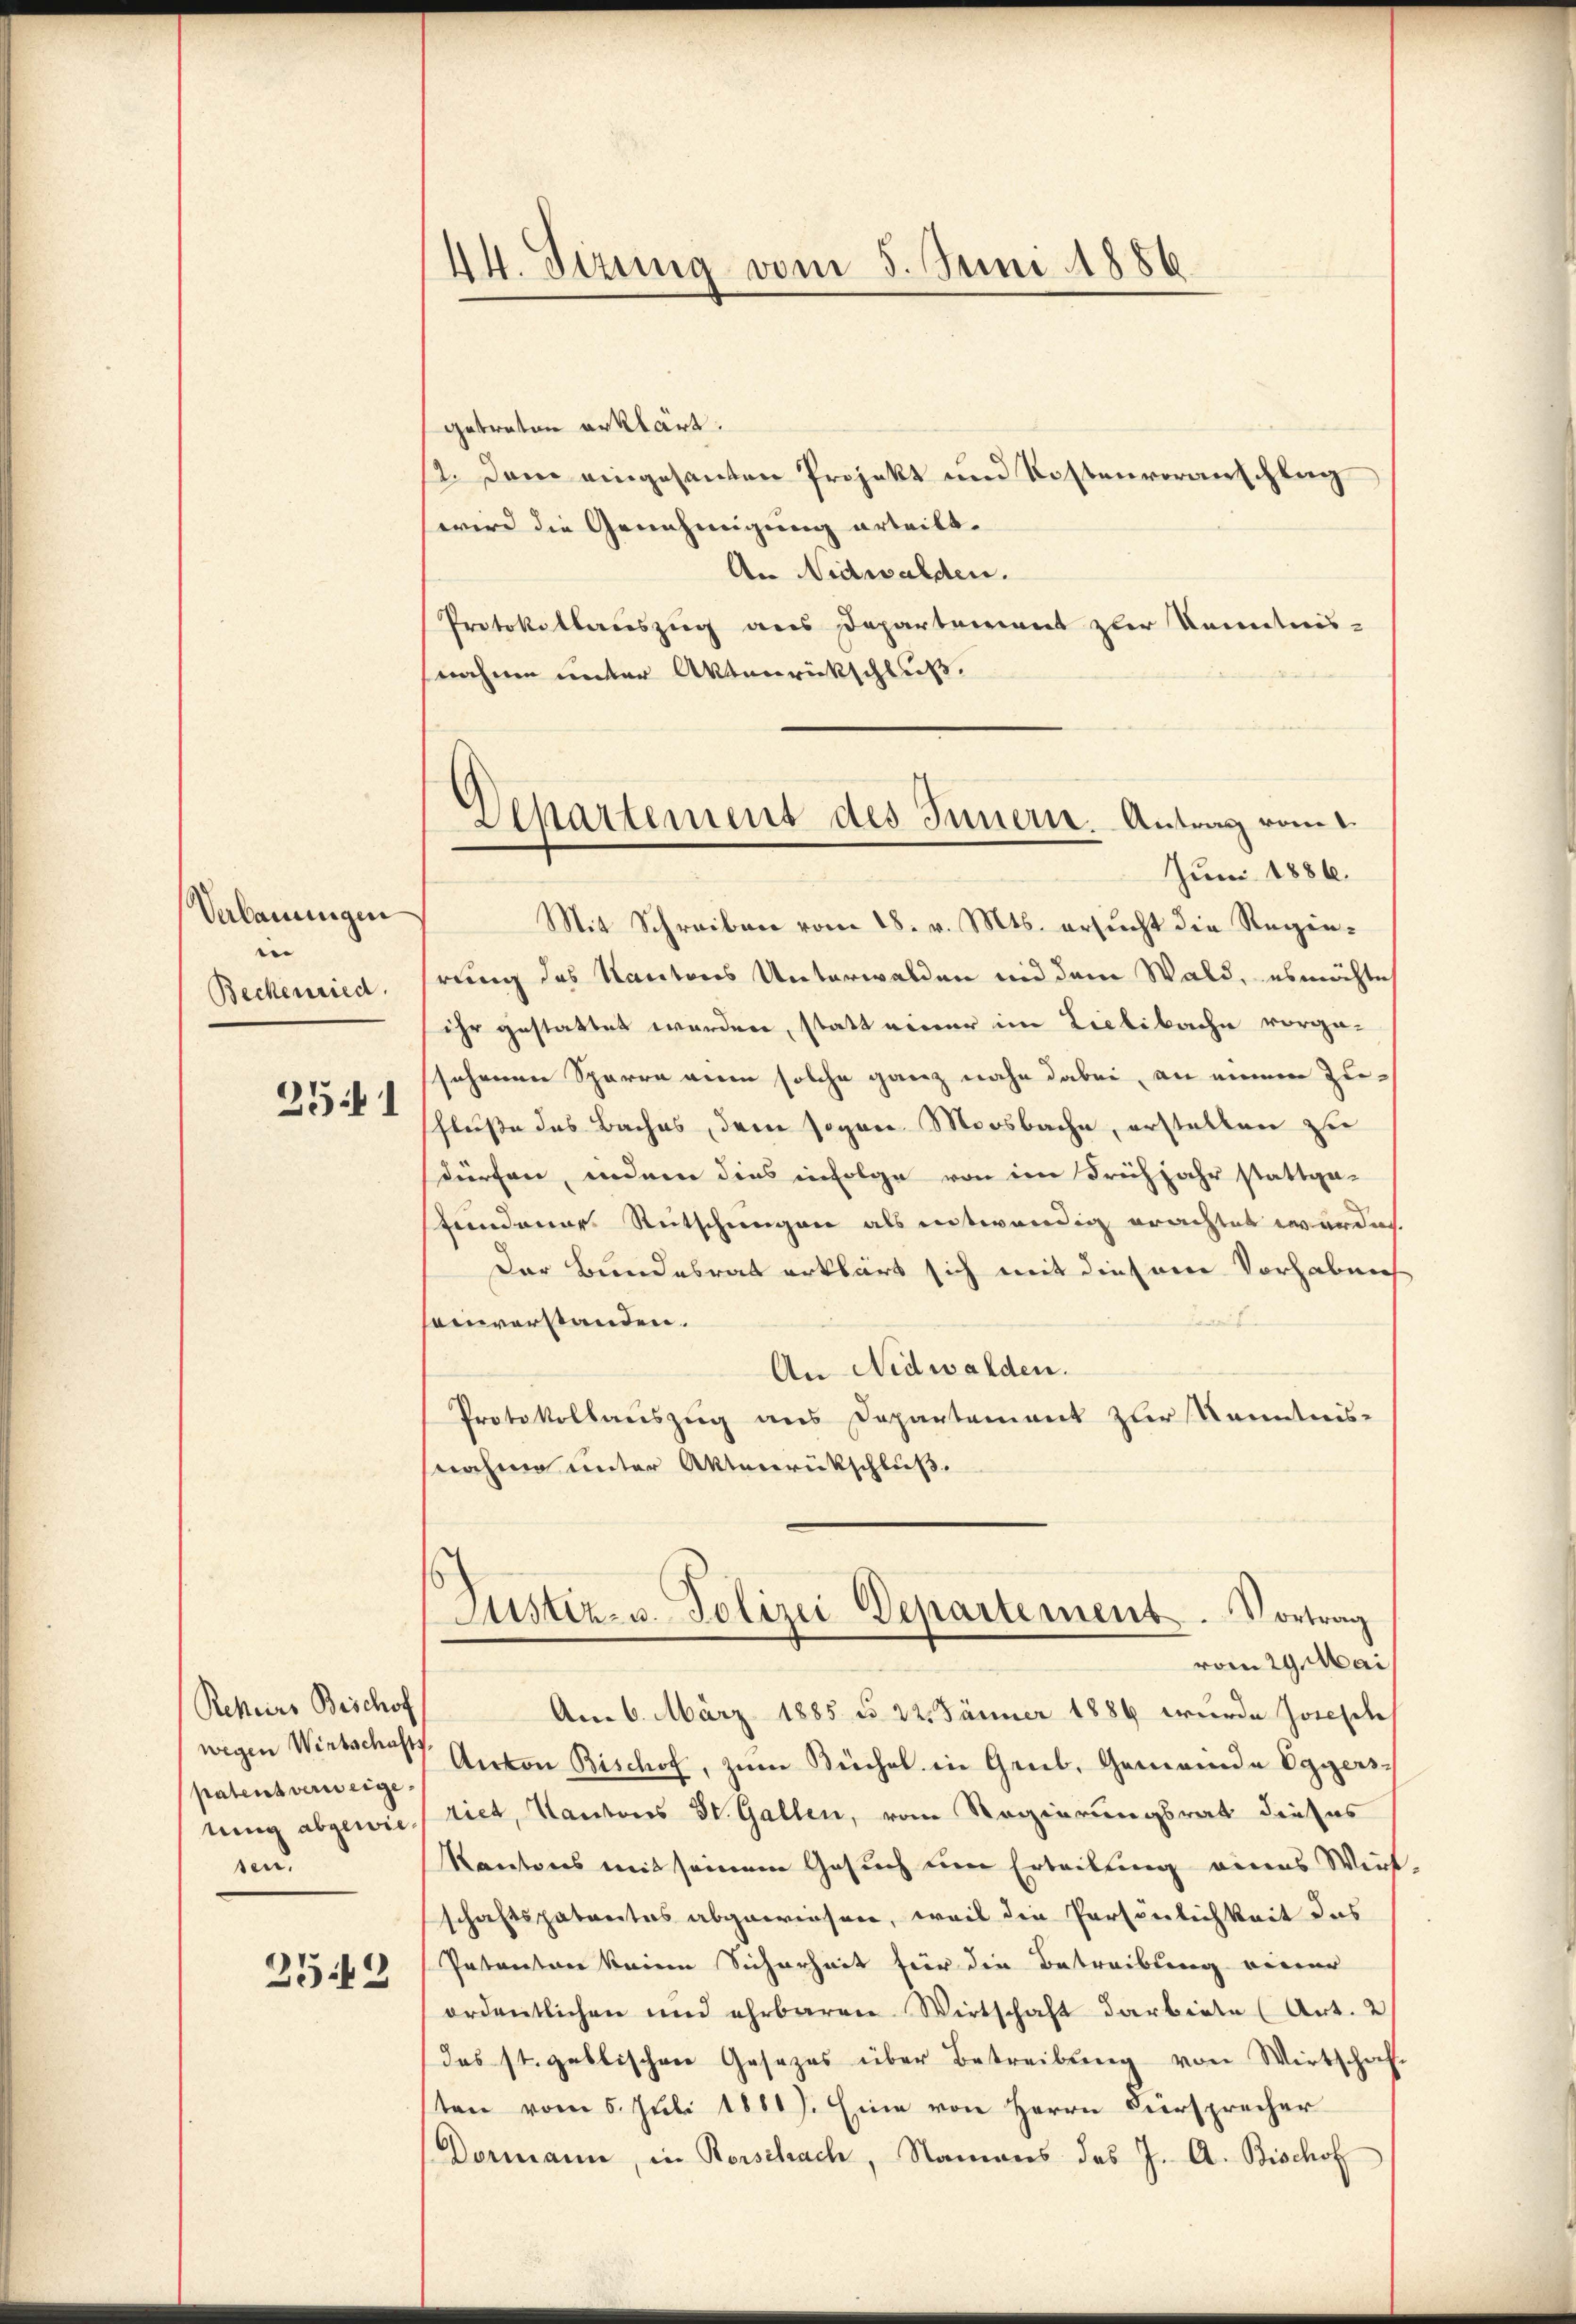
Verbauungen
e
Beckenried

251

Rehers Beschof
wegen Wintschafts
patent verweige
tina abgewie¬
und
2519

getreten erklärt.
2. Dem eingesanten Projekt und Kostenvoranschlag
wird die Genehmigung erteilt.
An Nidwalden.
Protokollauszug aus Departement zur Kenntnis-
nahme unter Aktenrückschluß.

Mit Schreiben vom 18. v. Mts. ersucht die Regierung des Kantons Unterwalden und dem Wald, es möchte
ihr gestattet werden, statt einer im Liebibache vorga-
sehenen Sparre an solche ganz nahe dabei, an meinen Zufluße des Baches, dem sogen Moosbache, erstellen zu
dürfen, indem dies infolge von im Frühjahr stattgefundener Rutschungen als entwendig erachtet werden.
Der Bundesrat erklärt sich mit diesem Vorhaben
einverstanden.
An Nidwalden.
Protokollauszug aus Departement zur Kenntnis-
nahme unter Aktenrückschluß.

44. Jezung vom 5. Juni 1886.

Sckartement des Innern. Antrag vom 1.
Juni 1886.

Justiz- u. Polizei Departement. Vortrag
vom 29. Mai

Am 6. März 1885 d. 22. Jänner 1886 wurde Josef
Anton Bischof, zŭm Küchel in Grub, Gemeinde Eggers-
riet, Kantons St. Gallen, vom Regierungsrat dieses
Kantons mit seinem Gesuch um Erteilung eines Wirt-
schaftspatentes abgewiesen, weil die Persönlichkeit das
Petenten keine Sicherheit für die Betreibung vierer
ordentlichen und ehrbaren Wirtschaft darbiete (Art. 2
das st. gallischen Gesezes über Betreibung von Wirtscha
ten vom 5. Juli 18817. Eine von Herrn Fürsprecher
Dormann, in Rorschach, Namens das J. A. Bischof